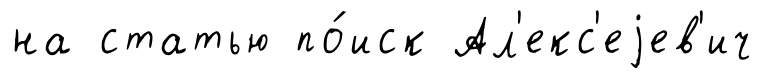
на статью по́иск Ал'екс'еjев'ич